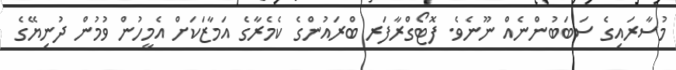
މުސާރައިގެ ސަބަބުންނެއް ނޫނެވެ. ފޮޓޯގްރާފަރ ބްރައުންގެ ކެމެރާގެ އަމާޒަކަށް އެމީހުން ވުމުން ދުނިޔޭގެ